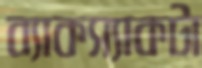
ব্যাকস্যাকটা